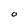
Character: O